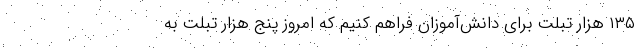
۱۳۵ هزار تبلت برای دانش‌آموزان فراهم کنیم که امروز پنج هزار تبلت به